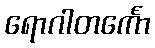
ရောဂါတင်္ကော